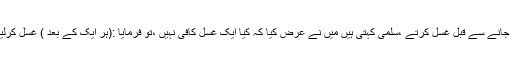
اور دوسری زوجہ کے پاس جانے سے قبل غسل کرتے ،سلمیٰ کہتی ہیں میں نے عرض کیا کہ کیا ایک غسل کافی نہیں ،تو فرمایا :(ہر ایک کے بعد ) غسل کرلینا بہتر اور بہت پاکیزہ ہے ۔